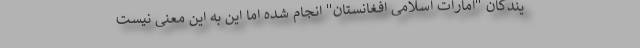
یندگان "امارات اسلامی افغانستان" انجام شده اما این به این معنی نیست